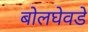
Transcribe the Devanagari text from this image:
बोलघेवडे